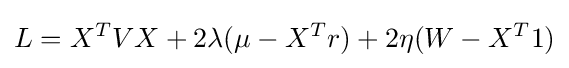
L=X^{T}VX+2\lambda (\mu -X^{T}r)+2\eta (W-X^{T}1)